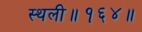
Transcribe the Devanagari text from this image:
स्थली॥१६४॥